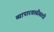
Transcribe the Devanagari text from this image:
व्यापारवाढीसाठी